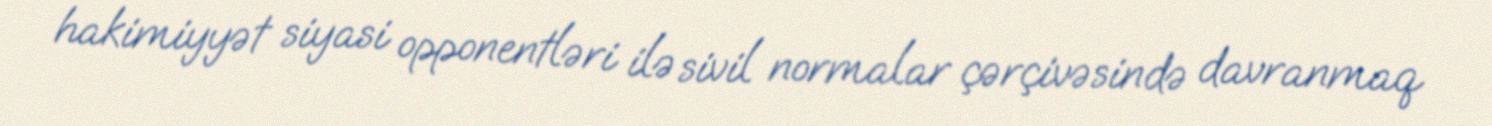
hakimiyyət siyasi opponentləri ilə sivil normalar çərçivəsində davranmaq